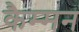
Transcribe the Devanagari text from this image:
कैम्मन